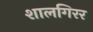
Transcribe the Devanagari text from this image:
शालगिरर